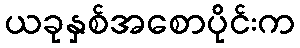
ယခုနှစ်အစောပိုင်းက